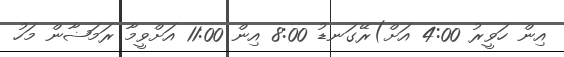
އިން ހަވީރު 4:00 އަށް)ރޭގަނޑު 8:00 އިން 11:00 އަށްވީމާ ރަމަޟާން މަހު